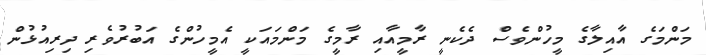
މަންމަގެ އާއިލާގެ މީހުންވެސް ދެކެނީ ރާމީއާއި ރާމީގެ މަންމައަކީ އެމީހުންގެ އަބުރުވެރި ދިރިއުޅުން